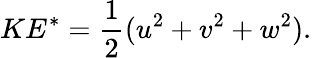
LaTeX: KE^{*}=\frac{1}{2}(u^{2}+v^{2}+w^{2}).